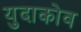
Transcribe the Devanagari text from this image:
युदाकोव